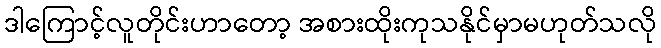
ဒါကြောင့်လူတိုင်းဟာတော့ အစားထိုးကုသနိုင်မှာမဟုတ်သလို